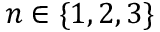
n \in \{ 1 , 2 , 3 \}